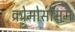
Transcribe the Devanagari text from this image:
क्रोमोसोमम